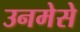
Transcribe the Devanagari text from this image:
उनमेसे